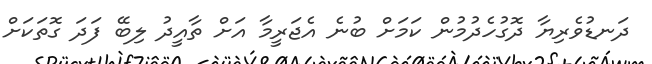
ދަނޑުވެރިޔާ ދޮގުހެދުމުން ކަމަށް ބުނެ އެޖަރީމާ އަށް ތާއީދު ލިބޭ ފަދަ ގޮތަކަށް